Bréfritari: Soffía Daníelsdóttir
Viðtakandi: Jakobína Magnúsdóttir og Daníel Halldórsson
Dagsetning: A-1895-06-21
Skrifað á: Skeggjastöðum  N-Múl.
Soffía var dóttir Jakobínu og Daníels

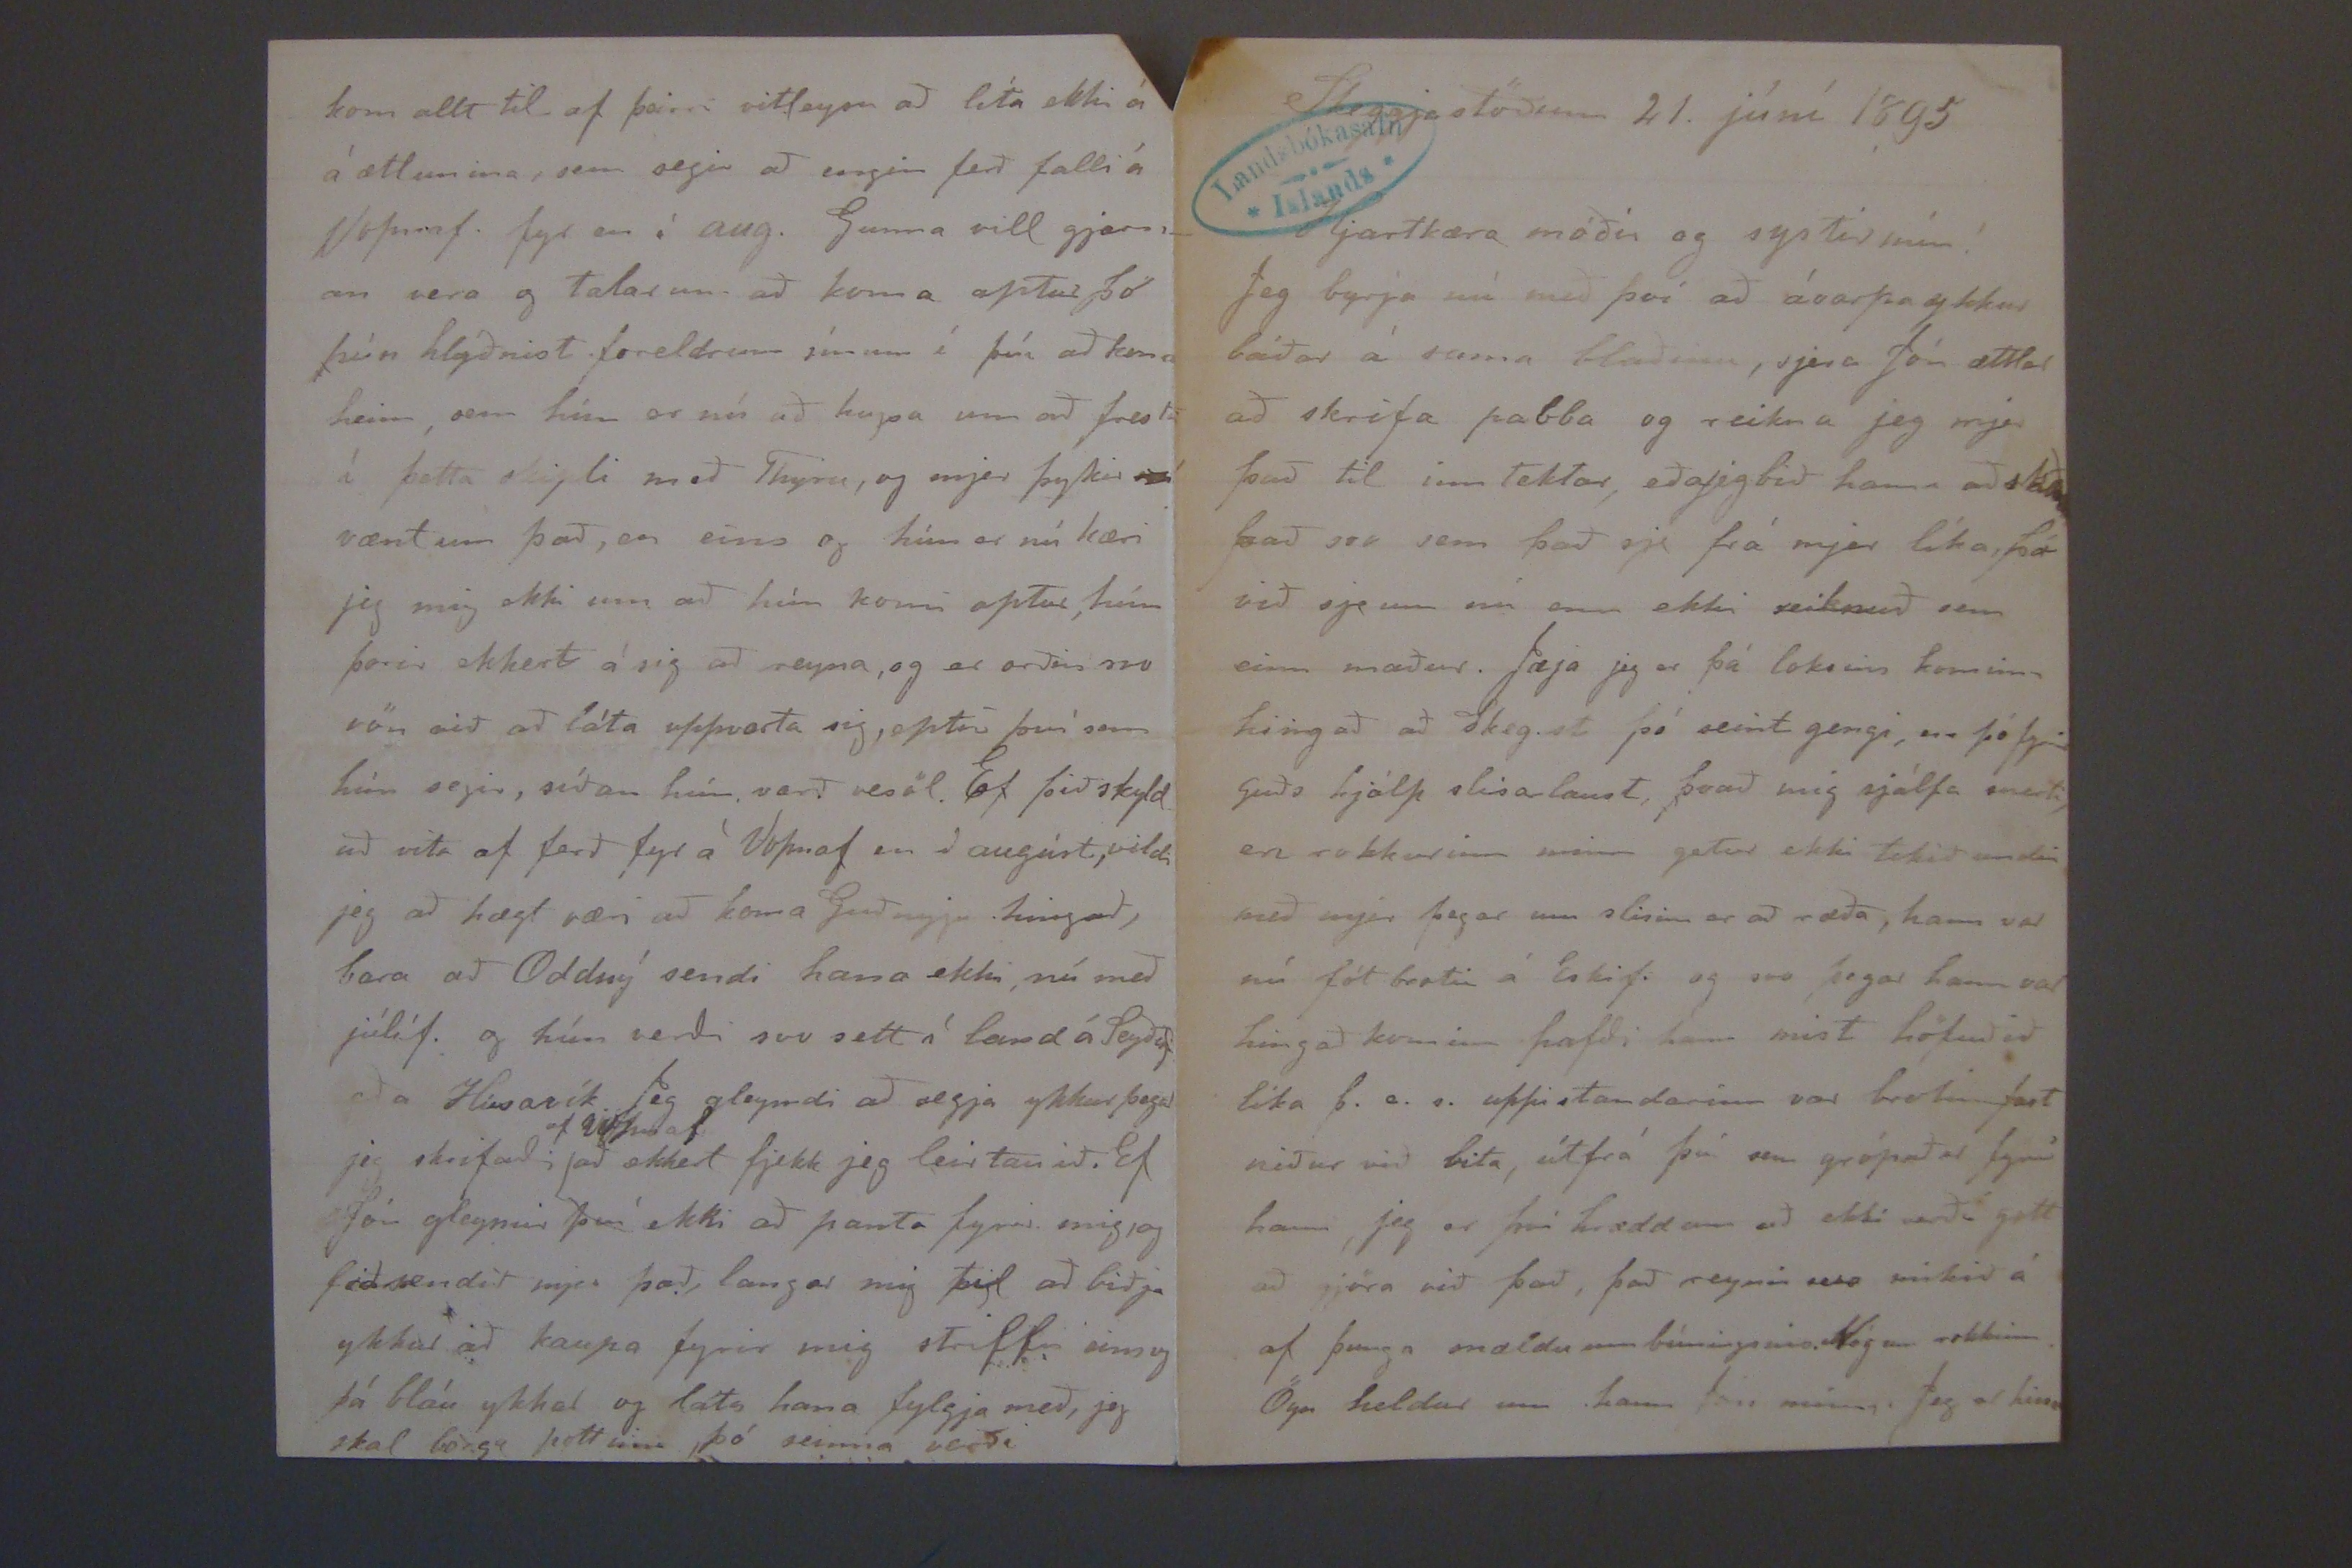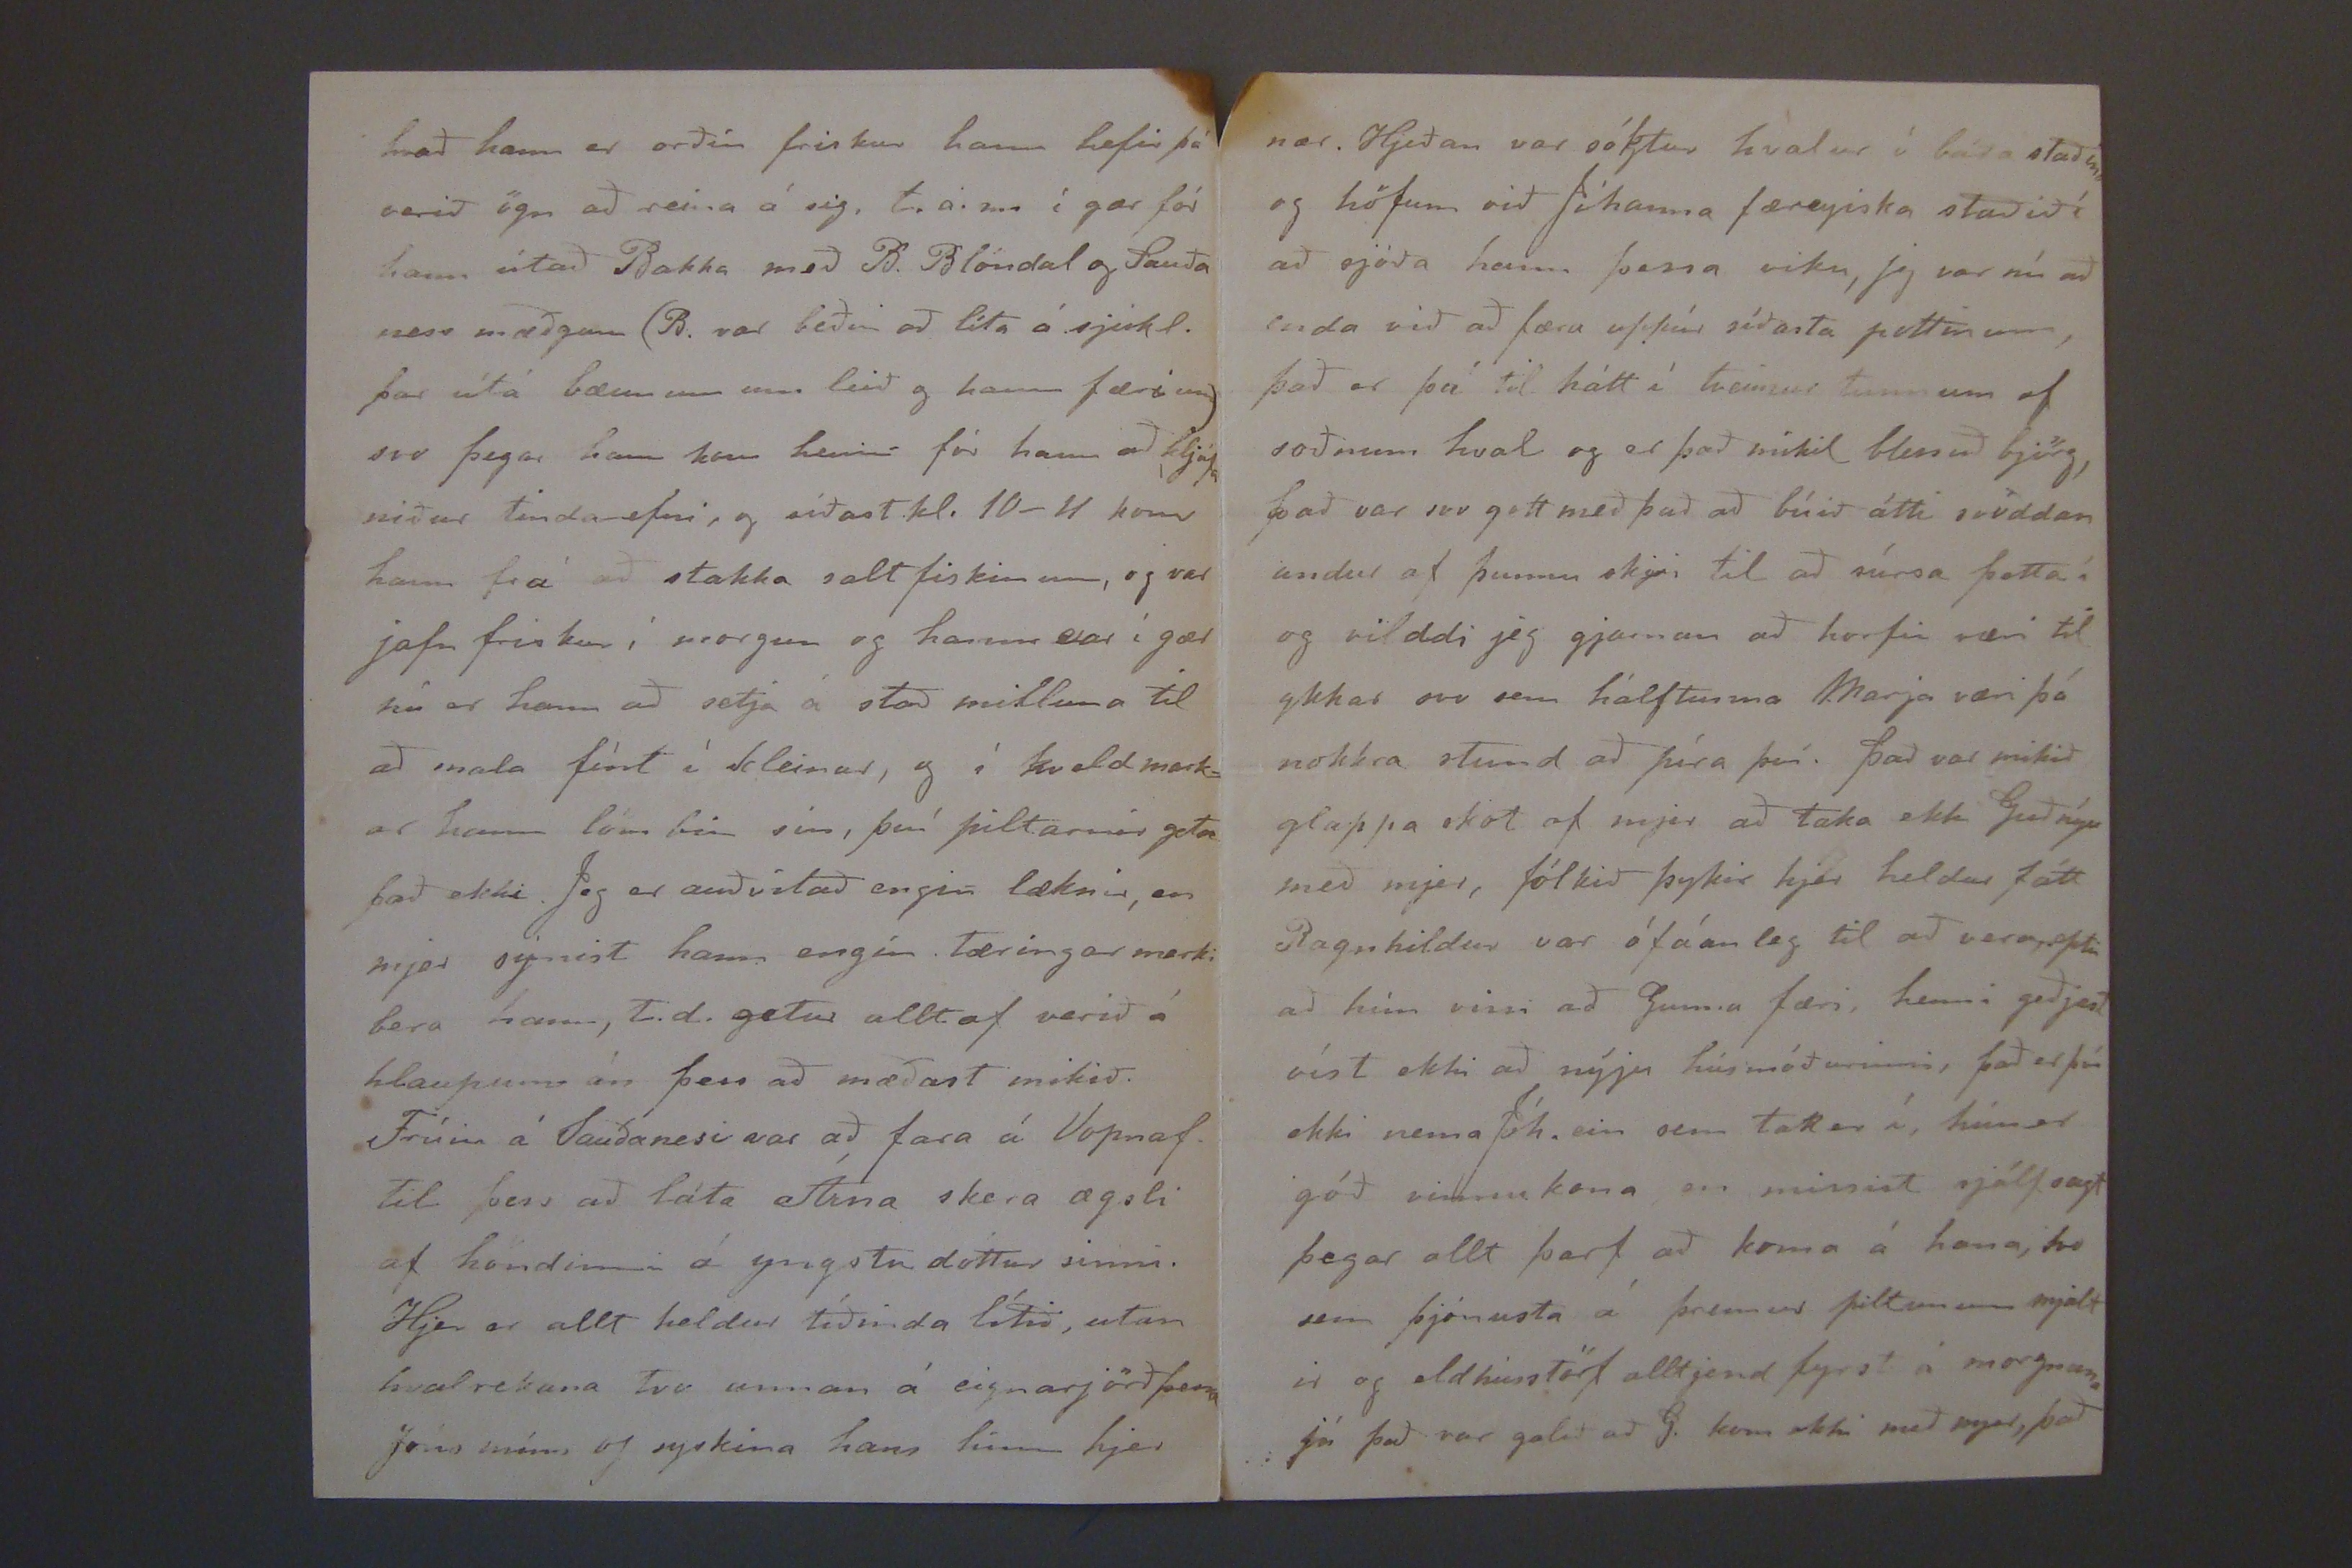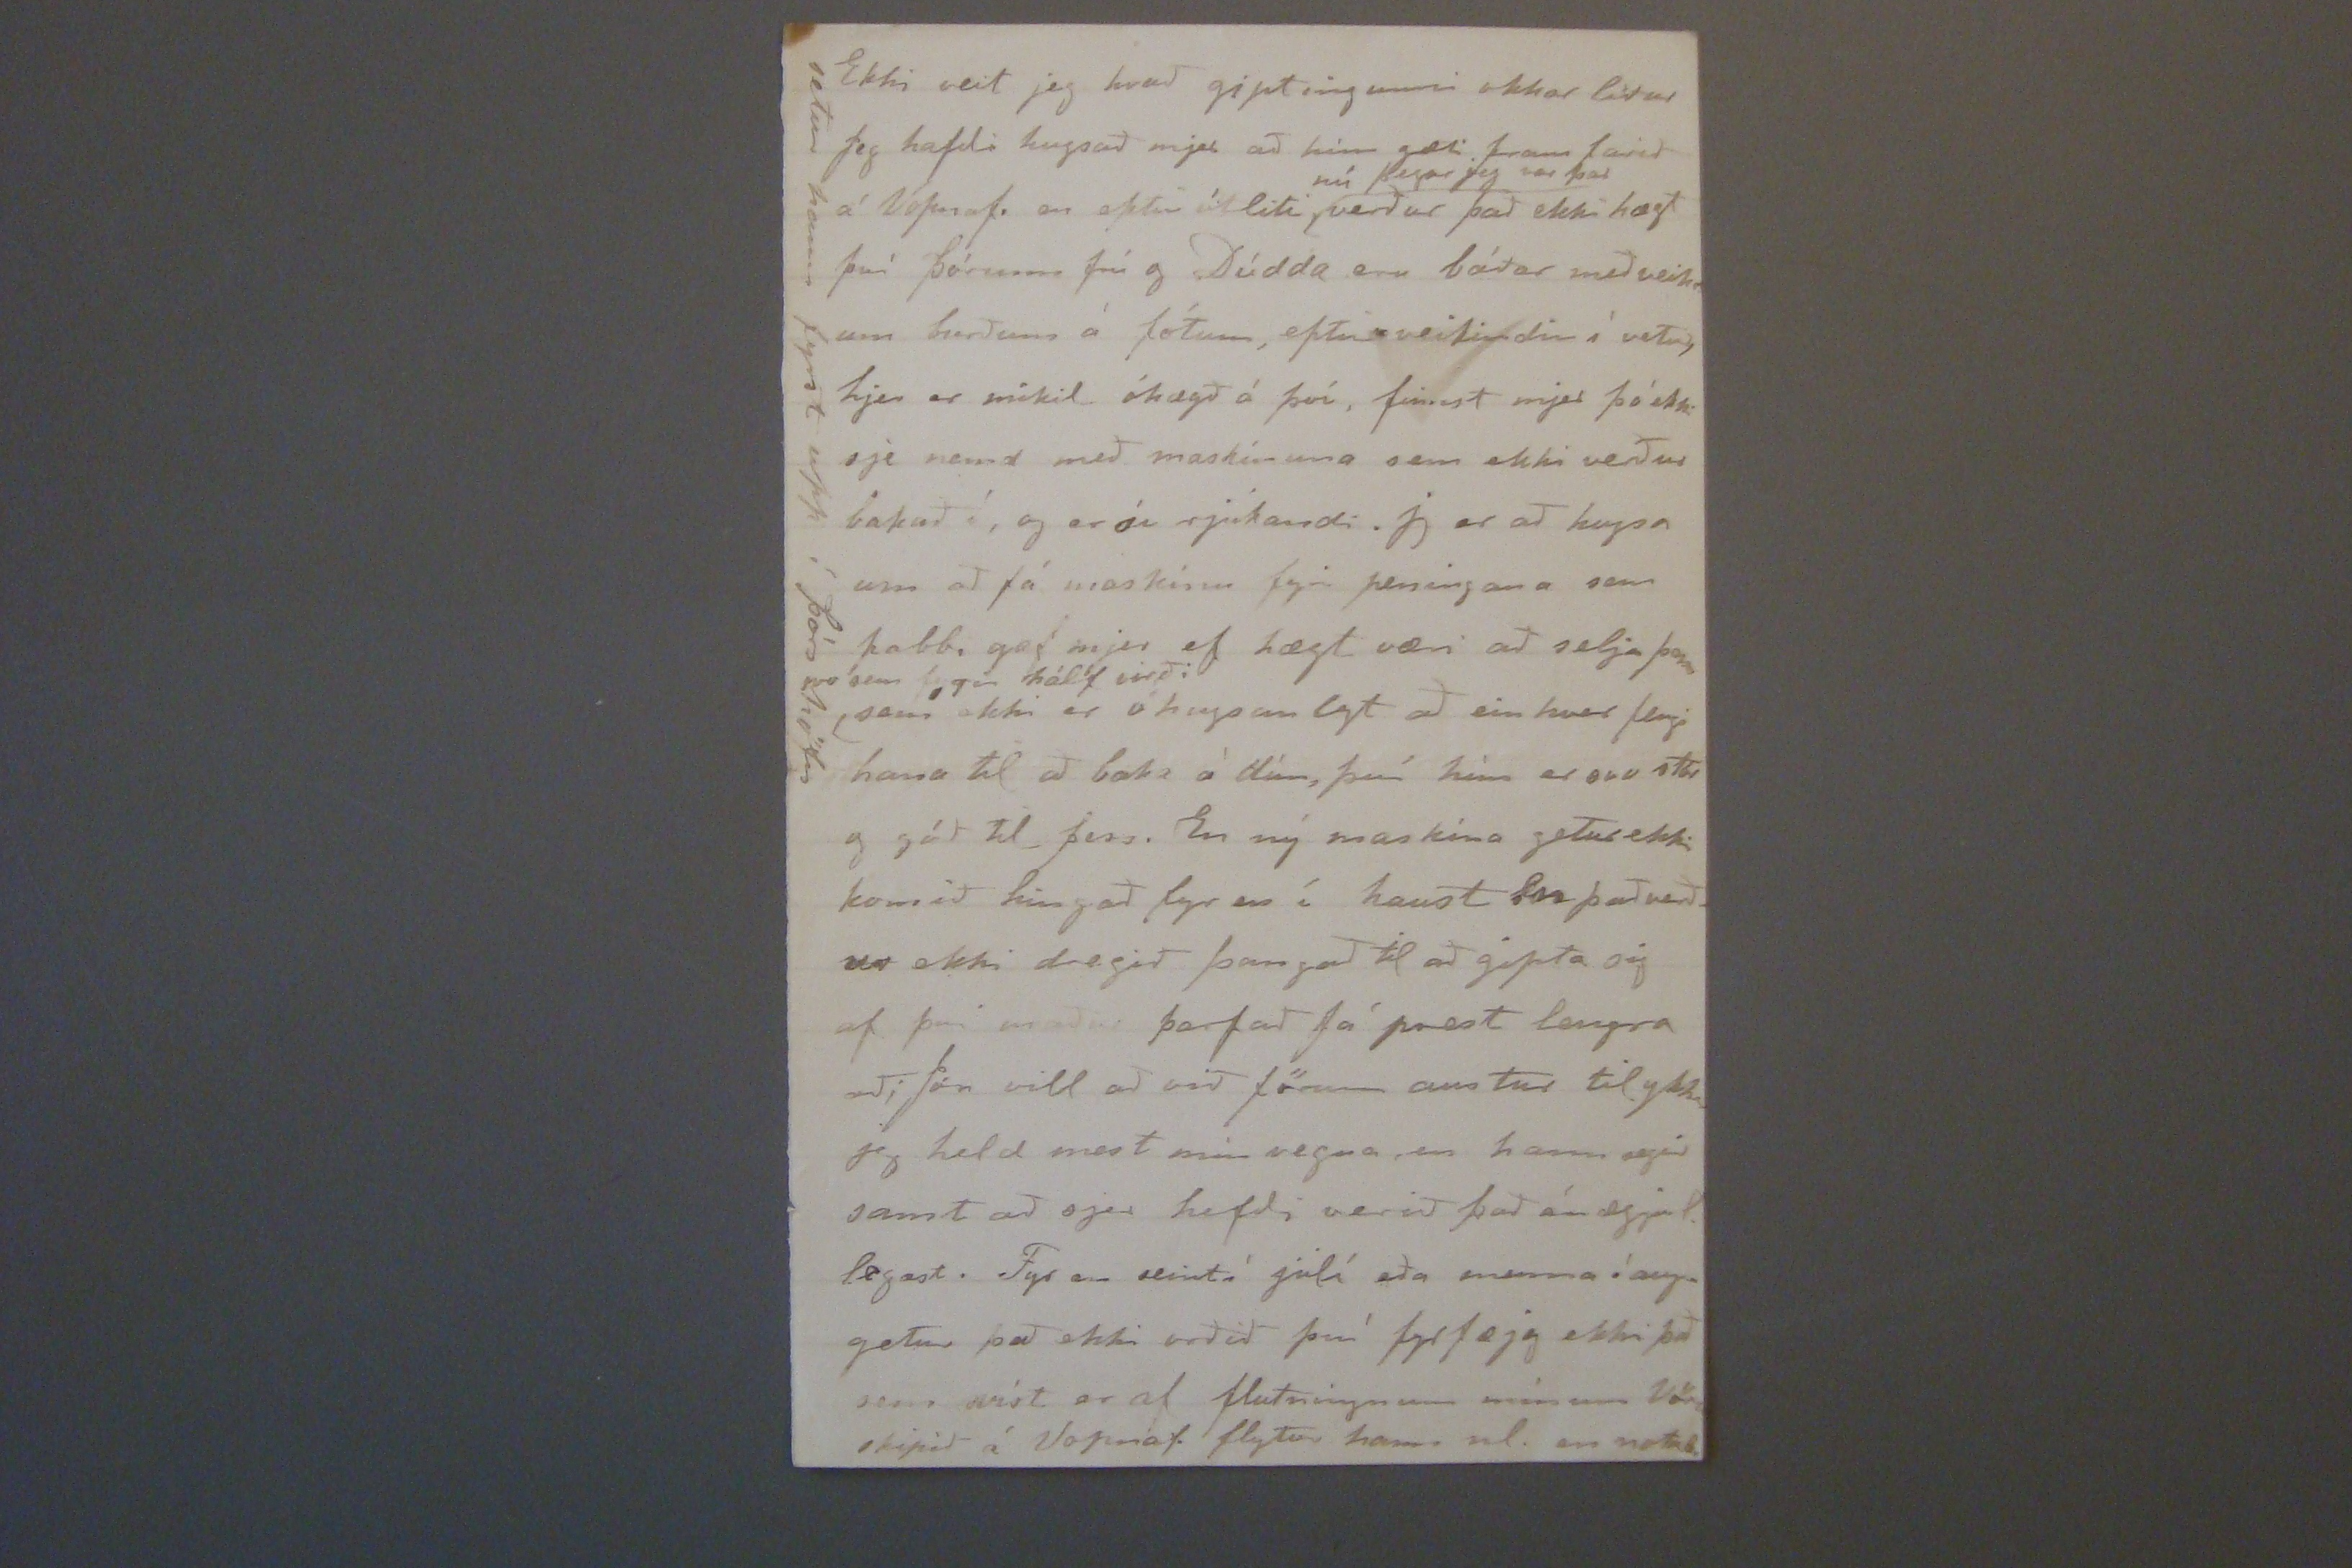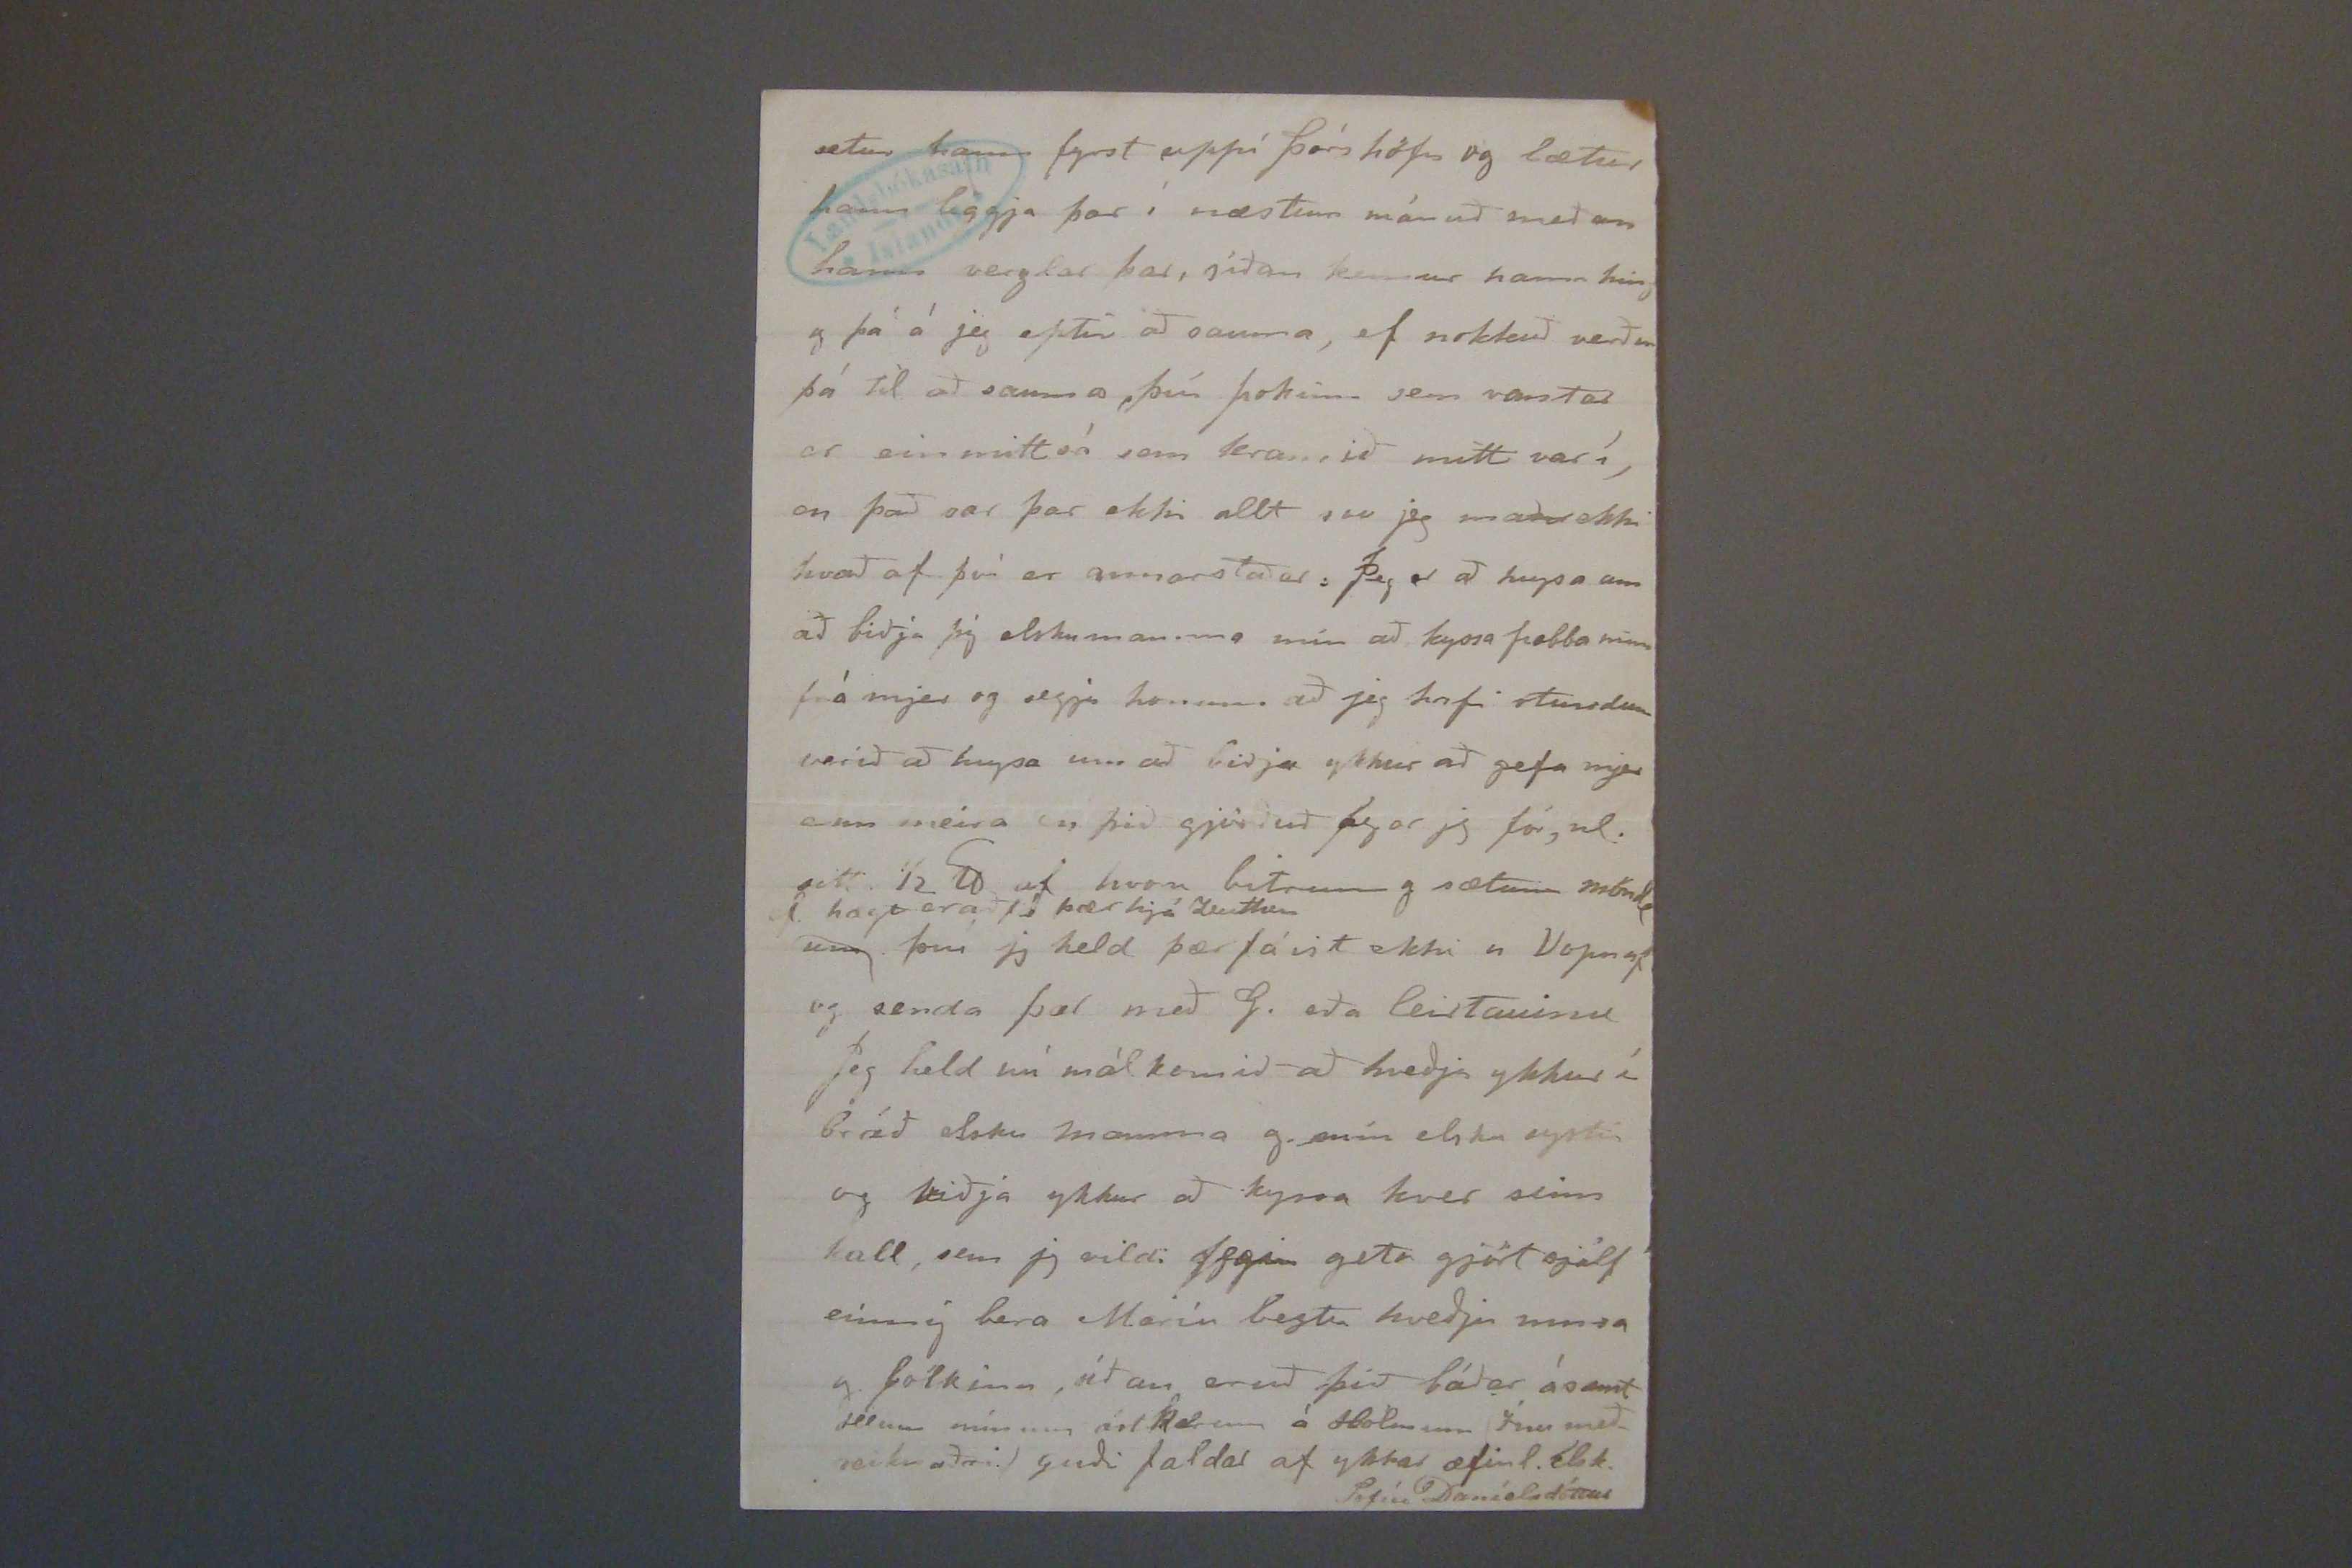

Skeggjastöðum 21. júní 1895
Hjartkæra móðir og systir mín!
Jeg byrja nú með því að ávarpa ykkur báðar á sama blaðinu sjera Jón ætllar að skrifa pabba og reikna jeg mjer það til inntektar, eða jeg bið hann að
skoða
það svo sem það sje frá mjer líka, þá við sjeum nú enn ekki reiknuð sem einn maður. Jæja jeg er þá loksins kominn hingað að Skeg.st þó seint gengi, en þó fyrir Guðs hjálp slisalaust, hvað mig sjálfa snerti, en rokkurinn minn getur ekki tekið undir með mjer þegar um slisin er að ræða, hann var nú fótbrotin á Eskif. og svo þegar hann var hingað kominn hafði hann mist höfuðið líka
þ. a. s.
uppistandarinn var brotinn fast niður við bita, útfrá því sem grópað er fyrir hann, jeg er því hrædd um að ekki verði gott að gjöra við það, það reynir svo mikið á af þunga mældu um búningsins. Nóg um rokkinn Ögn heldur um hann Jón minn. Jeg er
hin0
hvað hann er orðin friskur hann hefir þá verið ögn að reina á sig, t.a.m. í gær fór hann útað Bakka með B. Blöndal og Sauða ness mæðgum (B. var beðin að líta á sjúk l. þar útá bæunum um leið og hann færi um) svo þegar hann kom heim fór hann að kljúfa niður tindaefni, og síðast kl. 10-11 kom hann frá að stakka saltfiskinum, og var jafn frískur í morgun og hann var í gær nú er hann að setja á stað milluna til að mala fínt í kleinur, og í kveld mark= ar hann lömbin sín, því piltarnir geta það ekki. Jeg er auðvitað engin læknir, en mjer sýnist hann engín tæríngarmerki bera hann, T.d. getur alltaf verið á hlaupum án þess að mæðast mikið. Frúin á Sauðanesi var að fara á Vopnaf. til þess að láta Árna skera ægsli af höndinni á yngstu dóttur sinni. Hjer er allt heldur tíðinda lítið, utan hvalrekana tvo annan á eignarjörð þerra jóns míns og syskina hans
hinn
hjer
nær. Hjeðan var sóktur hvalur í báða staðina og höfum við Jóhanna færeyiska staðið í að sjóða hann þessa viku, jeg var nú að enda við að færa uppúr síðasta pottinum, það er þá til hátt í tveimur tunnum af soðnum hval og er það mikil blessuð björg, það var svo gott með það að búið átti svoddan undur af þunnu skyri til að súrsa þetta í og vildi jeg gjarnan að horfin væri til ykkar svo sem hálftunna Marja væri þá nokkra stund að píra því. Það var mikið glappa skot af mjer að taka ekki Guðnýu með mjer, fólkið þykir hjer heldur fátt Ragnhildur var ófáanleg til að vera, eptir að hún vissi að Gunna færi, henni geðjast víst ekki að nýju húsmóðurinni, það er þó ekki nema Jóh. ein sem tak er í, hún er góð vinnukona, en minnist sjálfsagt þegar allt þarf að koma á hana,
tvo
sem þjónusta á þremur piltum um mjalt ir og eldhússtörf alltjend fyrst á morgnana já það var galið að G. kom ekki með mjer, það
kom allt til af þeirri vitleysu að líta ekki á áætlunina, sem segir að engin ferð falli á Vopnaf. fyr en í aug. Gunna vill gjarn,_ an vera og talar um að koma aptur þó hún hlýðnist foreldrum sínum í því að koma heim, sem hún er nú að hugsa um að fresta í þetta skipti með Thyru, og mjer þykir
svo
vænt um það, en eins og hún er nú kæri jeg mig ekki um að hún komi aptur, hún þorir ekkert á sig að reyna, og er orðin svo vön við að láta uppvarta sig, eptir því sem hún segir, síðan hún, varð vesöl. Ef þið skyld_ uð vita af ferð fyr á Vopnaf en í augúst, vildi jeg að hægt væri að koma Guðnyju hingað, bara að Oddný sendi hana ekki, nú með júlíf. og hún verði svo sett í land á Seyðisf. eða Húsavík. Jeg gleymdi að segja ykkur þegar jeg skrifaði;
af
00 svo af
að ekkert fjekk jeg leirtauið. Ef Jón gleymir því ekki að panta fyrir mig, og
ferðsendir
mjer það, langar mig til að biðja ykkur að kaupa fyrir mig striffa eins og þá bláu ykkar og láta hana fylgja með, jeg skal borga pottinn þó seinna verði
Ekki veit jeg hvað giptingunni okkar líður Jeg hafði hugsað mjer að hún gæti fram farið á Vopnaf. en eptir útliti
nú þegar jeg var þar
verður það ekki hægt því Þórunn frú og Dúdda eru báðar með veik= um burðum á fótum, eptir veikindin í vetur, hjer er mikil óhægð á því, finnst mjer þó ekki sje nema með maskínuna sem ekki verður bakað í, og er
ór
rjúkandi.
J0
er að hugsa um að fá maskínu fyrir peningana sem pabbi gaf mjer ef hægt væri að selja þann
svo sem fyrir hálf virði
sem ekki er óhugsanlegt að einhver fengi hana til að baka á
blún,
því hún er svo stór og góð til þess. En ný maskína getur ekki komið hingað fyr en í haust Svo það verð_ ur ekki dregið þangað til að gipta sig af því maður þarf að fá prest lengra að; Jón vill að við förum austur til ykkar jeg held mest mín vegna en hann segir samt að sjer hefði verið það ánægjul. legast. Fyr en seint í júlí eða snemma í aug. getur það ekki orðið því fyr fæ jeg ekki það sem víst er af flutningnum mínum Vörð skipið í Vopnaf. flytur hann nl. en notar
setur hann fyrst upp í Þórs höfn
setur hann fyrst uppí Þórshöfn og lætur hann liggja þar í næstum mánuð meðan hann
ve0glar
þar, síðan kemur hann híng og þá á jeg eptir að sauma, ef nokkuð verður þá til að sauma, því pokinn sem vantar er einmitt sá sem kramið mitt var í, en það var þar ekki allt svo jeg man ekki hvað af því er annarstaðar: Jeg er að hugsa um að biðja þig elsku mamma mín að kyssa pabba minn frá mjer og segja honum að jeg hafi stundum verið að hugsa um að biðja ykkur að gefa mjer enn meira en þið gjörðuð þegar jeg fór, nl. sitt 1/2
0ð
af hvoru bitum og sætum möndl um
þ hægt er að fá þær hjá
L00tt00
því jeg held þær fáist ekki a Vopnaf og senda þær með G. eða leirtauinu Jeg held nú mál komið að kveðja ykkur í bráð elsku mamma og mín elsku systir og biðja ykkur að kyssa hver sinn kall, sem jeg vildi fegin geta gjört sjálf einnig bera Maríu bestu kveðju mína og fólkinu, síðan eruð þið báðar ásamt öllum mínum ástækrum á Holmum Ínu með- reiknaðri Guði faldar af ykkar æfinl. elsk.
Sofíu Daníelsdóttur